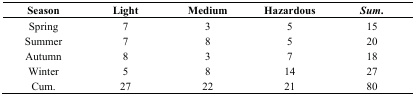
<table><thead><tr><td><b>Season</b></td><td><b>Light</b></td><td><b>Medium</b></td><td><b>Hazardous</b></td><td><b><i>Sum</i>.</b></td></tr></thead><tbody><tr><td>Spring</td><td>7</td><td>3</td><td>5</td><td>15</td></tr><tr><td>Summer</td><td>7</td><td>8</td><td>5</td><td>20</td></tr><tr><td>Autumn</td><td>8</td><td>3</td><td>7</td><td>18</td></tr><tr><td>Winter</td><td>5</td><td>8</td><td>14</td><td>27</td></tr><tr><td>Cum.</td><td>27</td><td>22</td><td>21</td><td>80</td></tr></tbody></table>